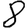
Digit: 8